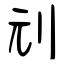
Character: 刓